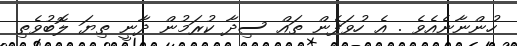
ހުންނާނެއެވެ . އެ ހުވަފެން ތައް ސިދާ ކުރަމުން ދާނީ ތިޔަ ލޮބުވެތި